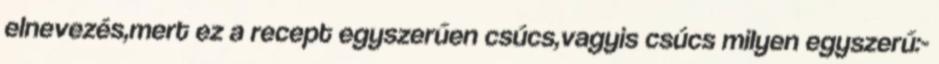
elnevezés,mert ez a recept egyszerűen csúcs,vagyis csúcs milyen egyszerű:-